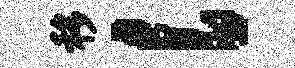
移l